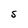
Character: S